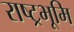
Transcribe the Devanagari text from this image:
राष्ट्रभूमि